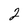
Character: 2